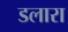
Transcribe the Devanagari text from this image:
डलारा